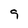
Character: 9